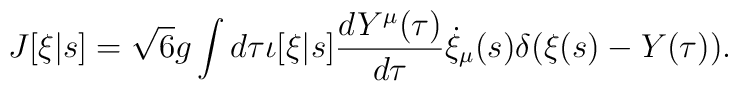
J[\xi|s] = \sqrt{6} g \int d \tau \iota[\xi|s] \frac{dY^\mu(\tau)}{d\tau}   \dot{\xi}_\mu(s) \delta(\xi(s) - Y(\tau)).